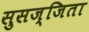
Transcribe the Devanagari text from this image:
सुसज्जिता